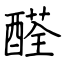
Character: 醛